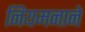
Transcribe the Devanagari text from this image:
नियमनाने